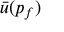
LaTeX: { \bar { u } } ( p _ { f } )